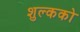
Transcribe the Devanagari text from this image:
शुल्कको